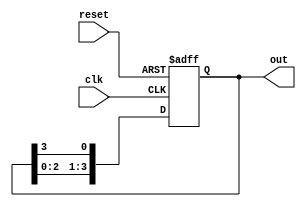
module multi_stage_ring_counter #(
    parameter N = 4  // Define the number of stages (flip-flops)
) (
    input wire clk,       // Clock signal
    input wire reset,     // Asynchronous reset signal
    output reg [N-1:0] out // Output for the counter states
);

// Initialize the counter on reset
always @(posedge clk or posedge reset) begin
    if (reset) begin
        out <= 1'b1;  // Set the first flip-flop to '1' and others to '0'
    end else begin
        // Shift the '1' to the next flip-flop
        out <= {out[N-2:0], out[N-1]};
    end
end

endmodule